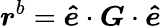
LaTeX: \boldsymbol{r}^{b}=\boldsymbol{\hat{e}}\cdot\boldsymbol{G}\cdot\boldsymbol{\hat{e}}